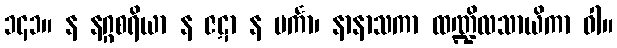
၁၄၁။ န နဂ္ဂစရိယာ န ဇဋာ န ပင်္ကာ၊ နာနာသကာ ထဏ္ဍိလသာယိကာ ဝါ။